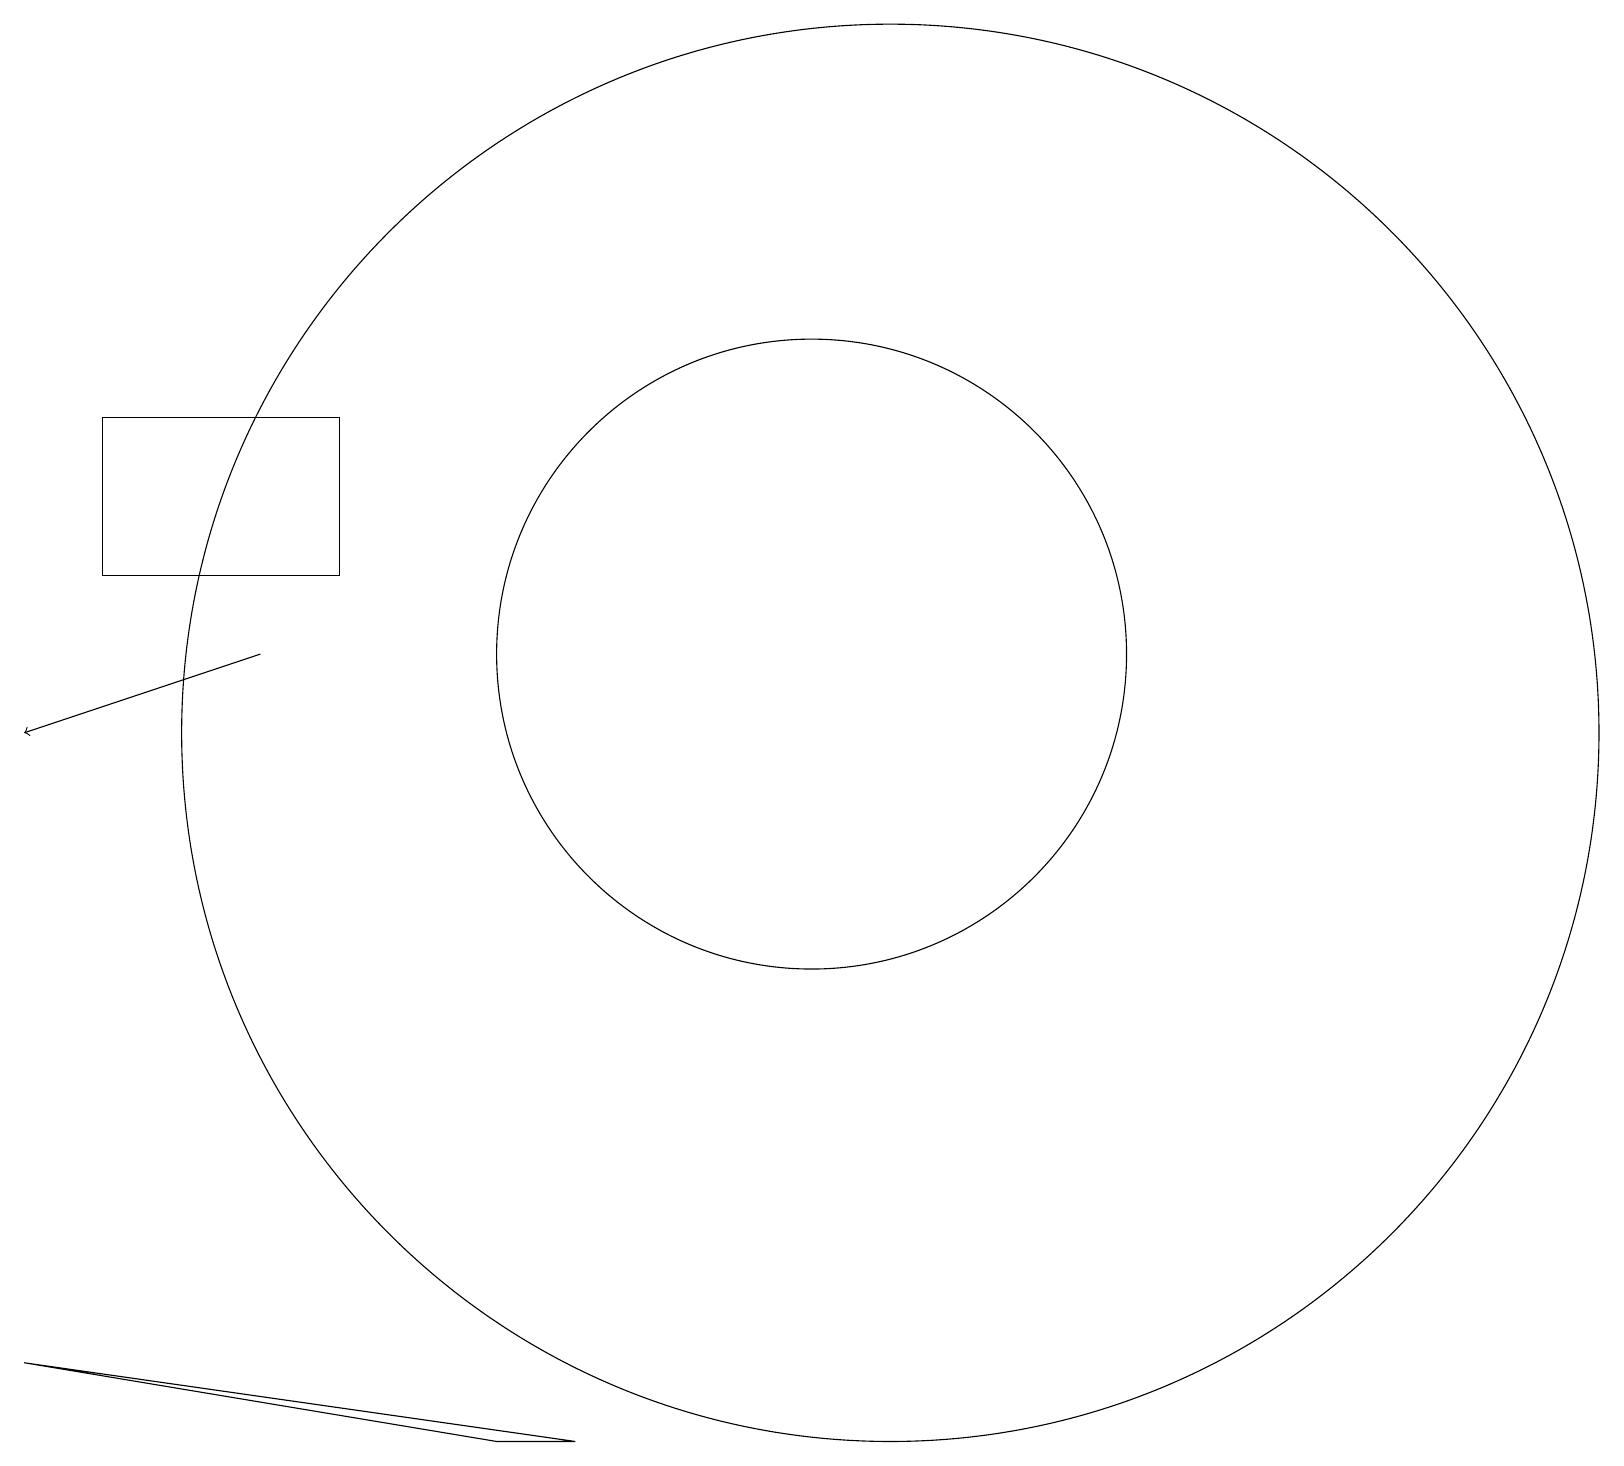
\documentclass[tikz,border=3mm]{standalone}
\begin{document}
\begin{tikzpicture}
\draw (0,2) -- (6,1) -- (7,1) -- cycle;
\draw (11,10) circle (9);
\draw (10,11) circle (4);
\draw[->] (3,11) -- (0,10);
\draw (4,14) rectangle (1,12);
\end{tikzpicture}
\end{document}